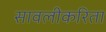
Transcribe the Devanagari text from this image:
सावलीकरिता